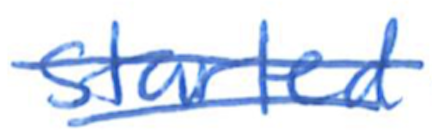
Text: started
Cross-out: double-line
Writing tool: ballpoint